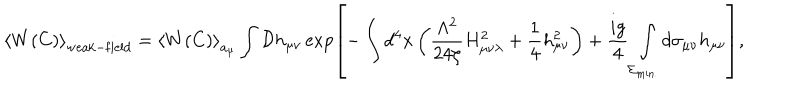
LaTeX: \left< W ( C ) \right> _ { \mathrm { w e a k - f i e l d } } = \left< W ( C ) \right> _ { a _ { \mu } } \int { \cal D } h _ { \mu \nu } \exp \left[ - \int d ^ { 4 } x \left( \frac { \Lambda ^ { 2 } } { 2 4 \zeta } H _ { \mu \nu \lambda } ^ { 2 } + \frac 1 4 h _ { \mu \nu } ^ { 2 } \right) + \frac { i g } { 4 } \int _ { \Sigma _ { \mathrm { m i n . } } } ^ { } d \sigma _ { \mu \nu } h _ { \mu \nu } \right] ,